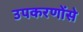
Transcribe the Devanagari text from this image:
उपकरणोंसे